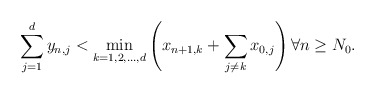
\begin{align*} \sum_{j=1}^d y_{n,j} < \min_{k=1,2,\ldots,d}\left(x_{n+1,k} + \sum_{j\neq k}x_{0,j} \right) \forall n \geq N_0.\end{align*}